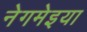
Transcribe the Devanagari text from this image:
नेगमेइया